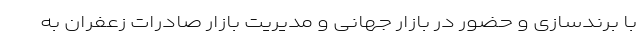
با برندسازی و حضور در بازار جهانی و مدیریت بازار صادرات زعفران به